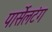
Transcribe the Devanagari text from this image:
पार्सेलटंग